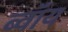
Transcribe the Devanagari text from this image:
ब्‍वॉय